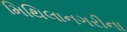
મિથિલાનગરીના